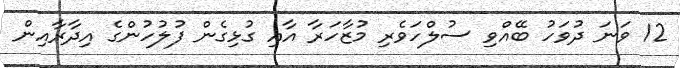
12 ވަނަ ދުވަހު ބޭއްވި ސުލްހަވެރި މުޒާހަރާ އާއި ގުޅިގެން ފުލުހުންގެ އިދާރާއިން